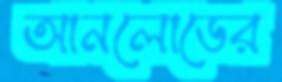
আনলোডের